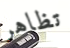
تظاهر